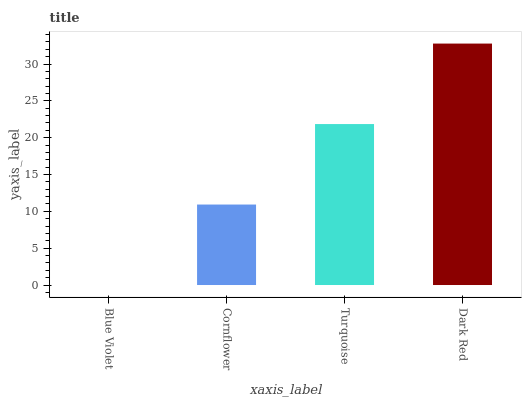
| xaxis_label | bars |
 | --- | --- |
 | Blue Violet | 0 |
 | Cornflower | 10.9 |
 | Turquoise | 21.9 |
 | Dark Red | 32.8 |